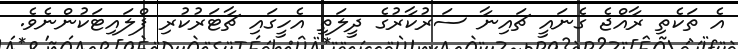
އެ ތަކެތި ރާއްޖެ ގެނައީ ޗައިނާ ސަރުކާރުގެ ދީލަތި އެހީގައި ޗާޓަރުކުރި ފްލައިޓަކުންނެވެ.